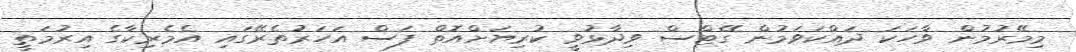
މިމޭރުމުން ވާހަކަ ދައްކަވަމުން ގޭޓްސް ވިދާޅުވީ ކުރިޔަށްއޮތް ފަސް އަހަރުތެރޭގައި އެމެރިކާގެ އިރުމަތީ